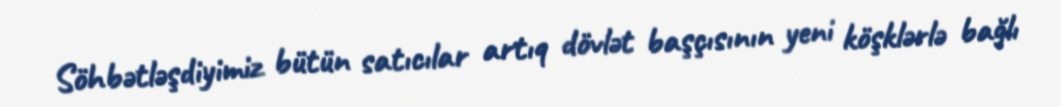
Söhbətləşdiyimiz bütün satıcılar artıq dövlət başçısının yeni köşklərlə bağlı